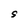
Character: S